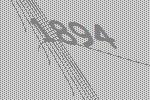
1894